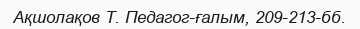
Ақшолақов Т. Педагог-ғалым, 209-213-бб.